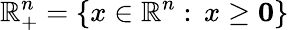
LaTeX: \mathbb{R}_{+}^{n}=\left\{ x\in\mathbb{R}^{n}:\, x\geq\mathbf{0}\right\}